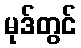
မုဒ်တွင်